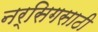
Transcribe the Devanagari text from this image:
नर्सिगसाठी